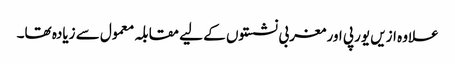
علاوہ ازیں یورپی اور مغربی نشستوں کے لیے مقابلہ معمول سے زیادہ تھا۔